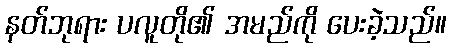
နတ်ဘုရား ပလူတို၏ အမည်ကို ပေးခဲ့သည်။